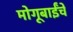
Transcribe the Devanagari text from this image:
मोगूबाईंचे